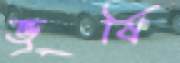
ভূর্ষি